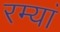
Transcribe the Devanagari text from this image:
रम्यां